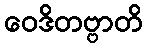
ဝေဒိတဗ္ဗာတိ